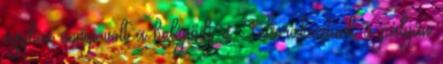
egyben ennyi volt a belépődíj is. Felsorakoztunk a pályán